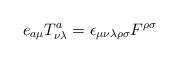
LaTeX: \begin{align*}e_{a\mu} T^a_{\nu\lambda}= \epsilon_{\mu\nu\lambda\rho\sigma}F^{\rho\sigma}\end{align*}